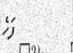
ފަހެ